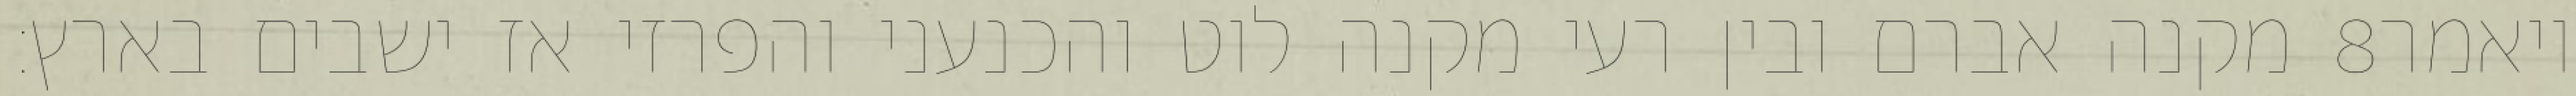
מקנה אברם ובין רעי מקנה לוט והכנעני והפרזי אז ישבים בארץ׃ ‎8‏ ויאמר